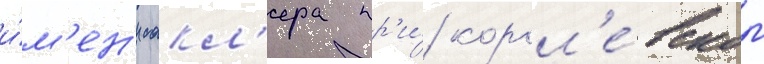
и́м'ен'и сакл'ера пр'и́ корол'е́вском